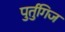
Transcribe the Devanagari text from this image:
पुर्तुगिज